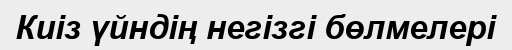
Киіз үйндің негізгі бөлмелері